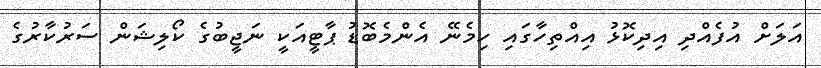
އަލަށް އުފެއްދި އިދިކޮޅު އިއްތިހާގައި ހިމެނޭ އެންމެބޮޑު ޕާޓީއަކީ ނަޖީބުގެ ކޯލިޝަން ސަރުކާރުގެ